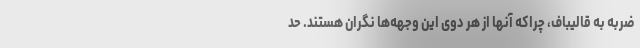
ضربه به قالیباف، چراکه آنها از هر دوی این وجهه‌ها نگران هستند. حد